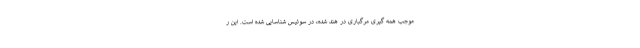
موجب همه گیری مرگباری در هند شده، در سوئیس شناسایی شده است. این ر